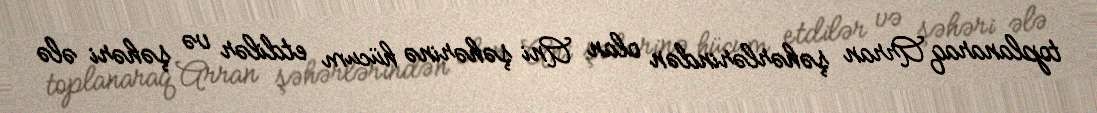
toplanaraq Arran şəhərlərindən olan Ani şəhərinə hücum etdilər və şəhəri ələ